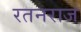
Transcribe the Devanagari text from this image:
रतनराज